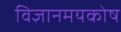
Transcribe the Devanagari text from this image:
विज्ञानमयकोष